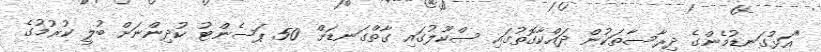
"އަޅުގަނޑުމެންގެ ދިރާސާތަކުން ދައްކާގޮތުގައި ސްކޫލުގައި ގާތްގަނޑަށް 50 ޕަސެންޓު ކުދިންނަށް ބުލީ ކުރުމުގެ